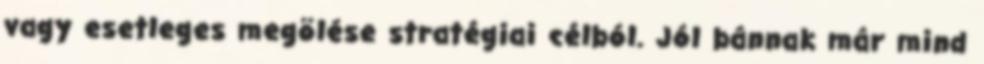
vagy esetleges megölése stratégiai célból. Jól bánnak már mind